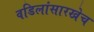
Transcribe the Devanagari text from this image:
वडिलांसारखेच